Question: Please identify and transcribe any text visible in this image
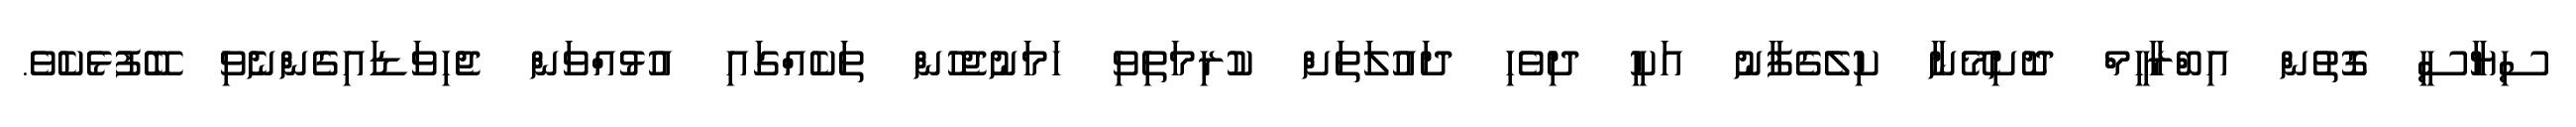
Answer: ސިޔާސީ ގޮތުން އިބްރާހީމް ދޮށިމޭނާ ކިލެގެފާނު އަކީ ދިވެހި ދައުލަތަށް ކުރިމަތިވި ހަމަނުޖެހުން ތަކެއްގައި އުޅުއްވަން ޖެހިވަޑައިގެންނެވި ބޭފުޅެކެވެ.